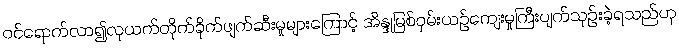
ဝင်ရောက်လာ၍လုယက်တိုက်ခိုက်ဖျက်ဆီးမှုများကြောင့် အိန္ဒုမြစ်ဝှမ်းယဉ်ကျေးမှုကြီးပျက်သုဉ်းခဲ့ရသည်ဟု